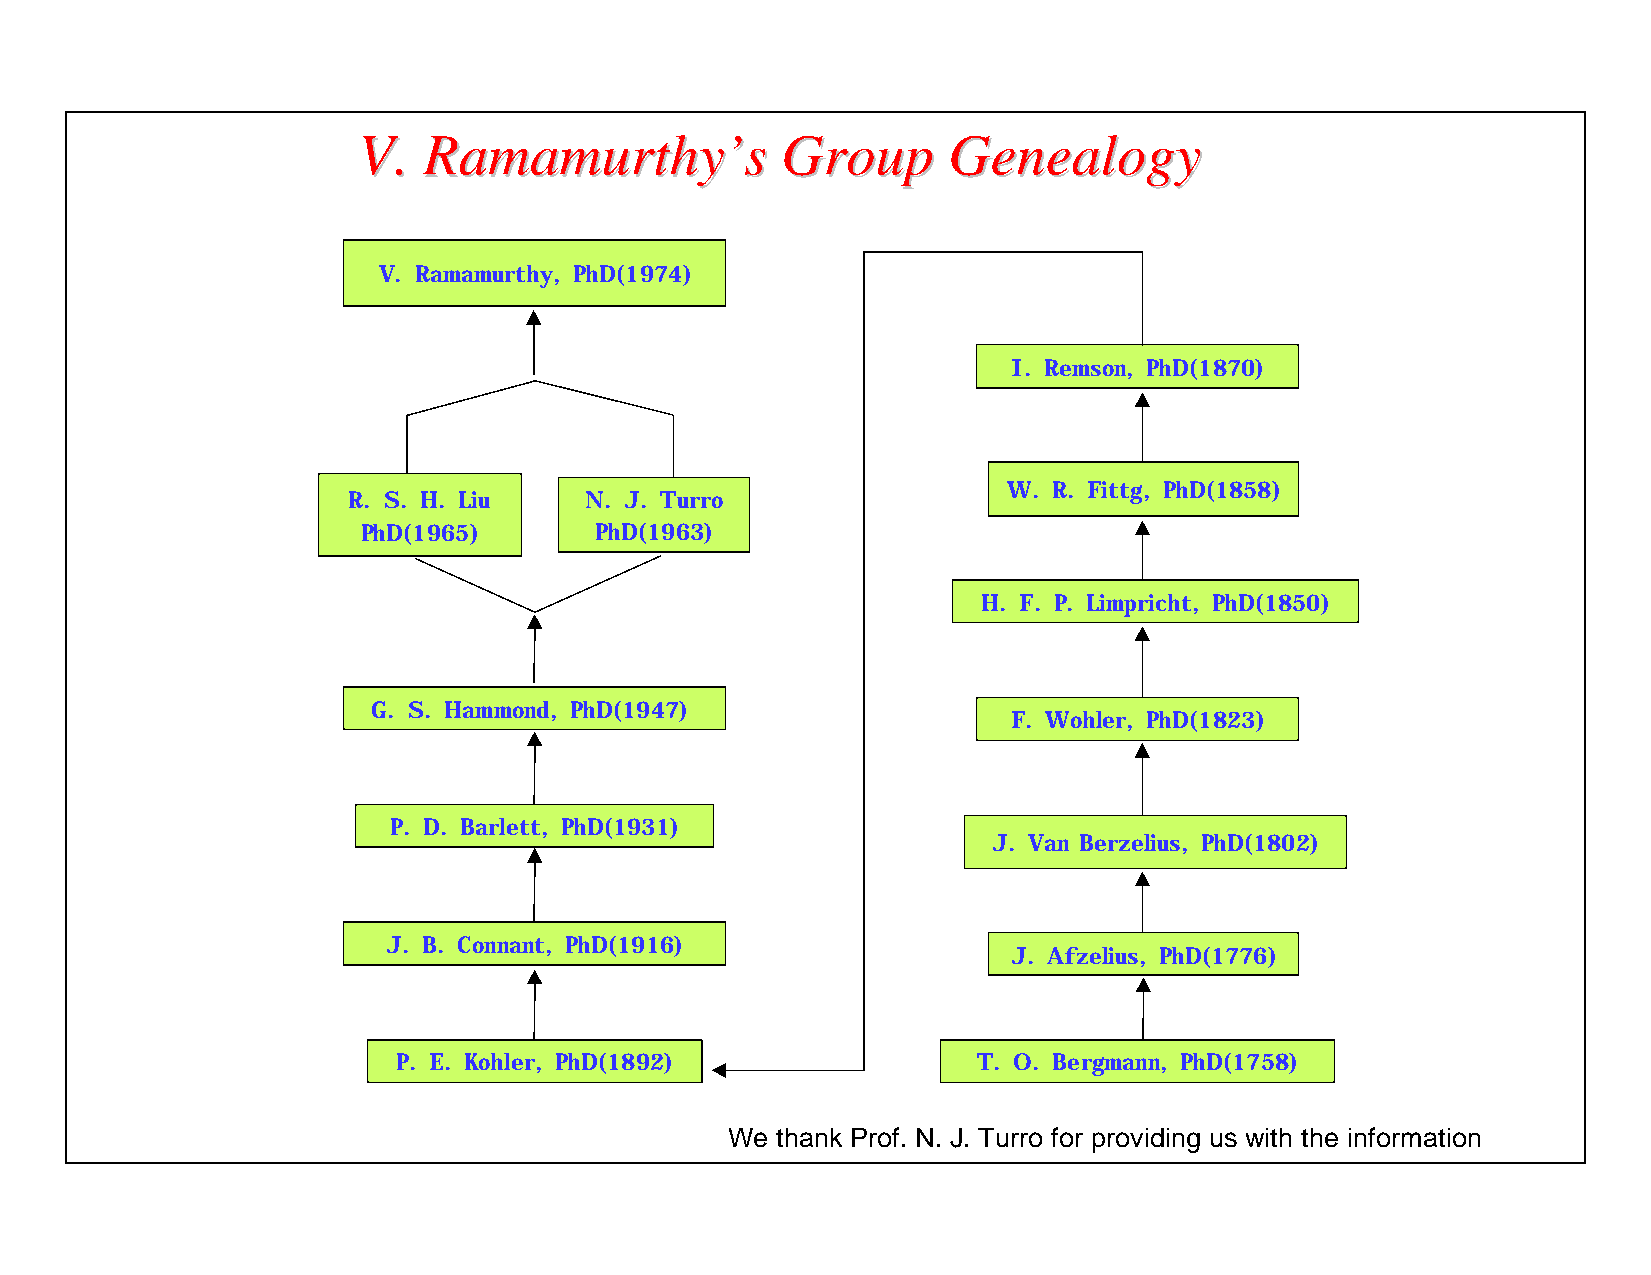
VV.. RRaammaammuurrtthhyy’’ss GGrroouupp GGeenneeaallooggyy
 V. Ramamurthy, PhD(1974)
 I. Remson, PhD(1870)
 W. R. Fittg, PhD(1858)
 R. S. H. Liu    N. J. Turro
 PhD(1965)      PhD(1963)
 H. F. P. Limpricht, PhD(1850)
 G. S. Hammond, PhD(1947)
 F. Wohler, PhD(1823)
 P. D. Barlett, PhD(1931)
 J. Van Berzelius, PhD(1802)
 J. B. Connant, PhD(1916)
 J. Afzelius, PhD(1776)
 P. E. Kohler, PhD(1892)                T. O. Bergmann, PhD(1758)
 We thank Prof. N. J. Turro for providing us with the information